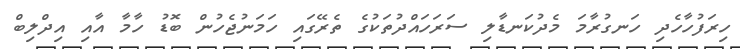
ހިރަފުހާހެދި ހަނގުރާމަ މެދުކަނޑާލި ސަރަހައްދުތަކުގެ ތެރޭގައި ހަމަނުޖެހުން ބޮޑު ހާމާ އާއި އިދްލިބް